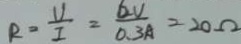
R = \frac { V } { I } = \frac { 6 V } { 0 . 3 A } = 2 0 \Omega